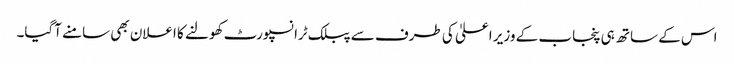
اس کے ساتھ ہی پنجاب کے وزیر اعلیٰ کی طرف سے پبلک ٹرانسپورٹ کھولنے کا اعلان بھی سامنے آگیا۔